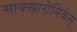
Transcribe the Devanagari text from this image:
साक्खारोमिकेस्